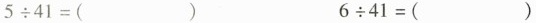
$$5 \div 4 1 = ( )$$ $$6 \div 4 1 = ( )$$